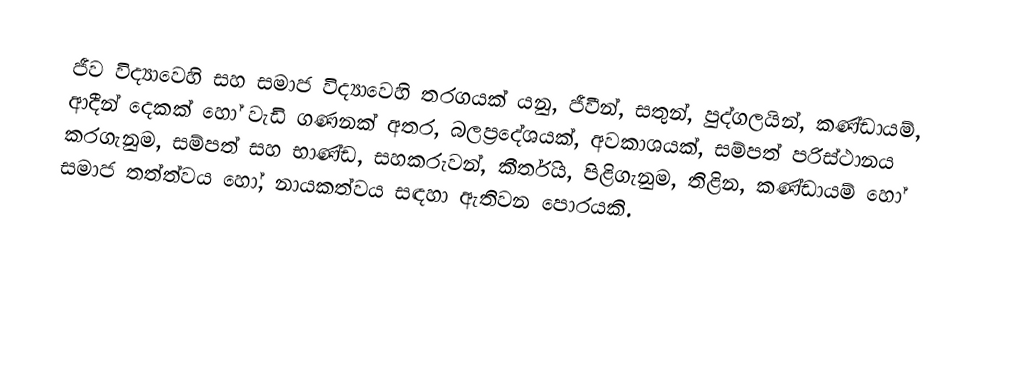
ජීව විද්‍යාවෙහි සහ සමාජ විද්‍යාවෙහි තරගයක් යනු, ජීවීන්, සතුන්, පුද්ගලයින්, කණ්ඩායම්, ආදීන් දෙකක් හෝ වැඩි ගණනක් අතර, බලප්‍රදේශයක්, අවකාශයක්,  සම්පත් පරිස්ථානය කරගැනුම, සම්පත් සහ භාණ්ඩ, සහකරුවන්, කීර්තිය, පිළිගැනුම, තිළින, කණ්ඩායම් හෝ සමාජ තත්ත්වය හෝ, නායකත්වය සඳහා ඇතිවන පොරයකි.